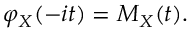
\varphi _ { X } ( - i t ) = M _ { X } ( t ) .